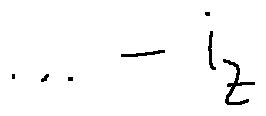
\cdots - i _ { z }